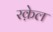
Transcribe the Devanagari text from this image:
रक़ेल